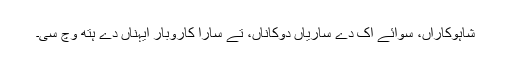
شاہوکاراں، سوائے اک دے ساریاں دوکاناں، تے سارا کاروبار ایہناں دے ہتھ وچ سی۔